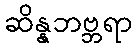
ဆိန္နဘဗ္ဘရာ